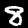
Label: 8